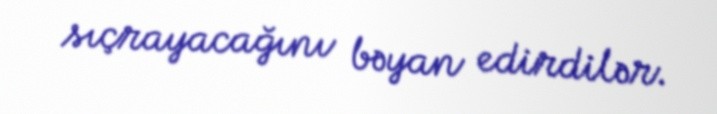
sıçrayacağını bəyan edirdilər.